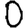
Digit: 0